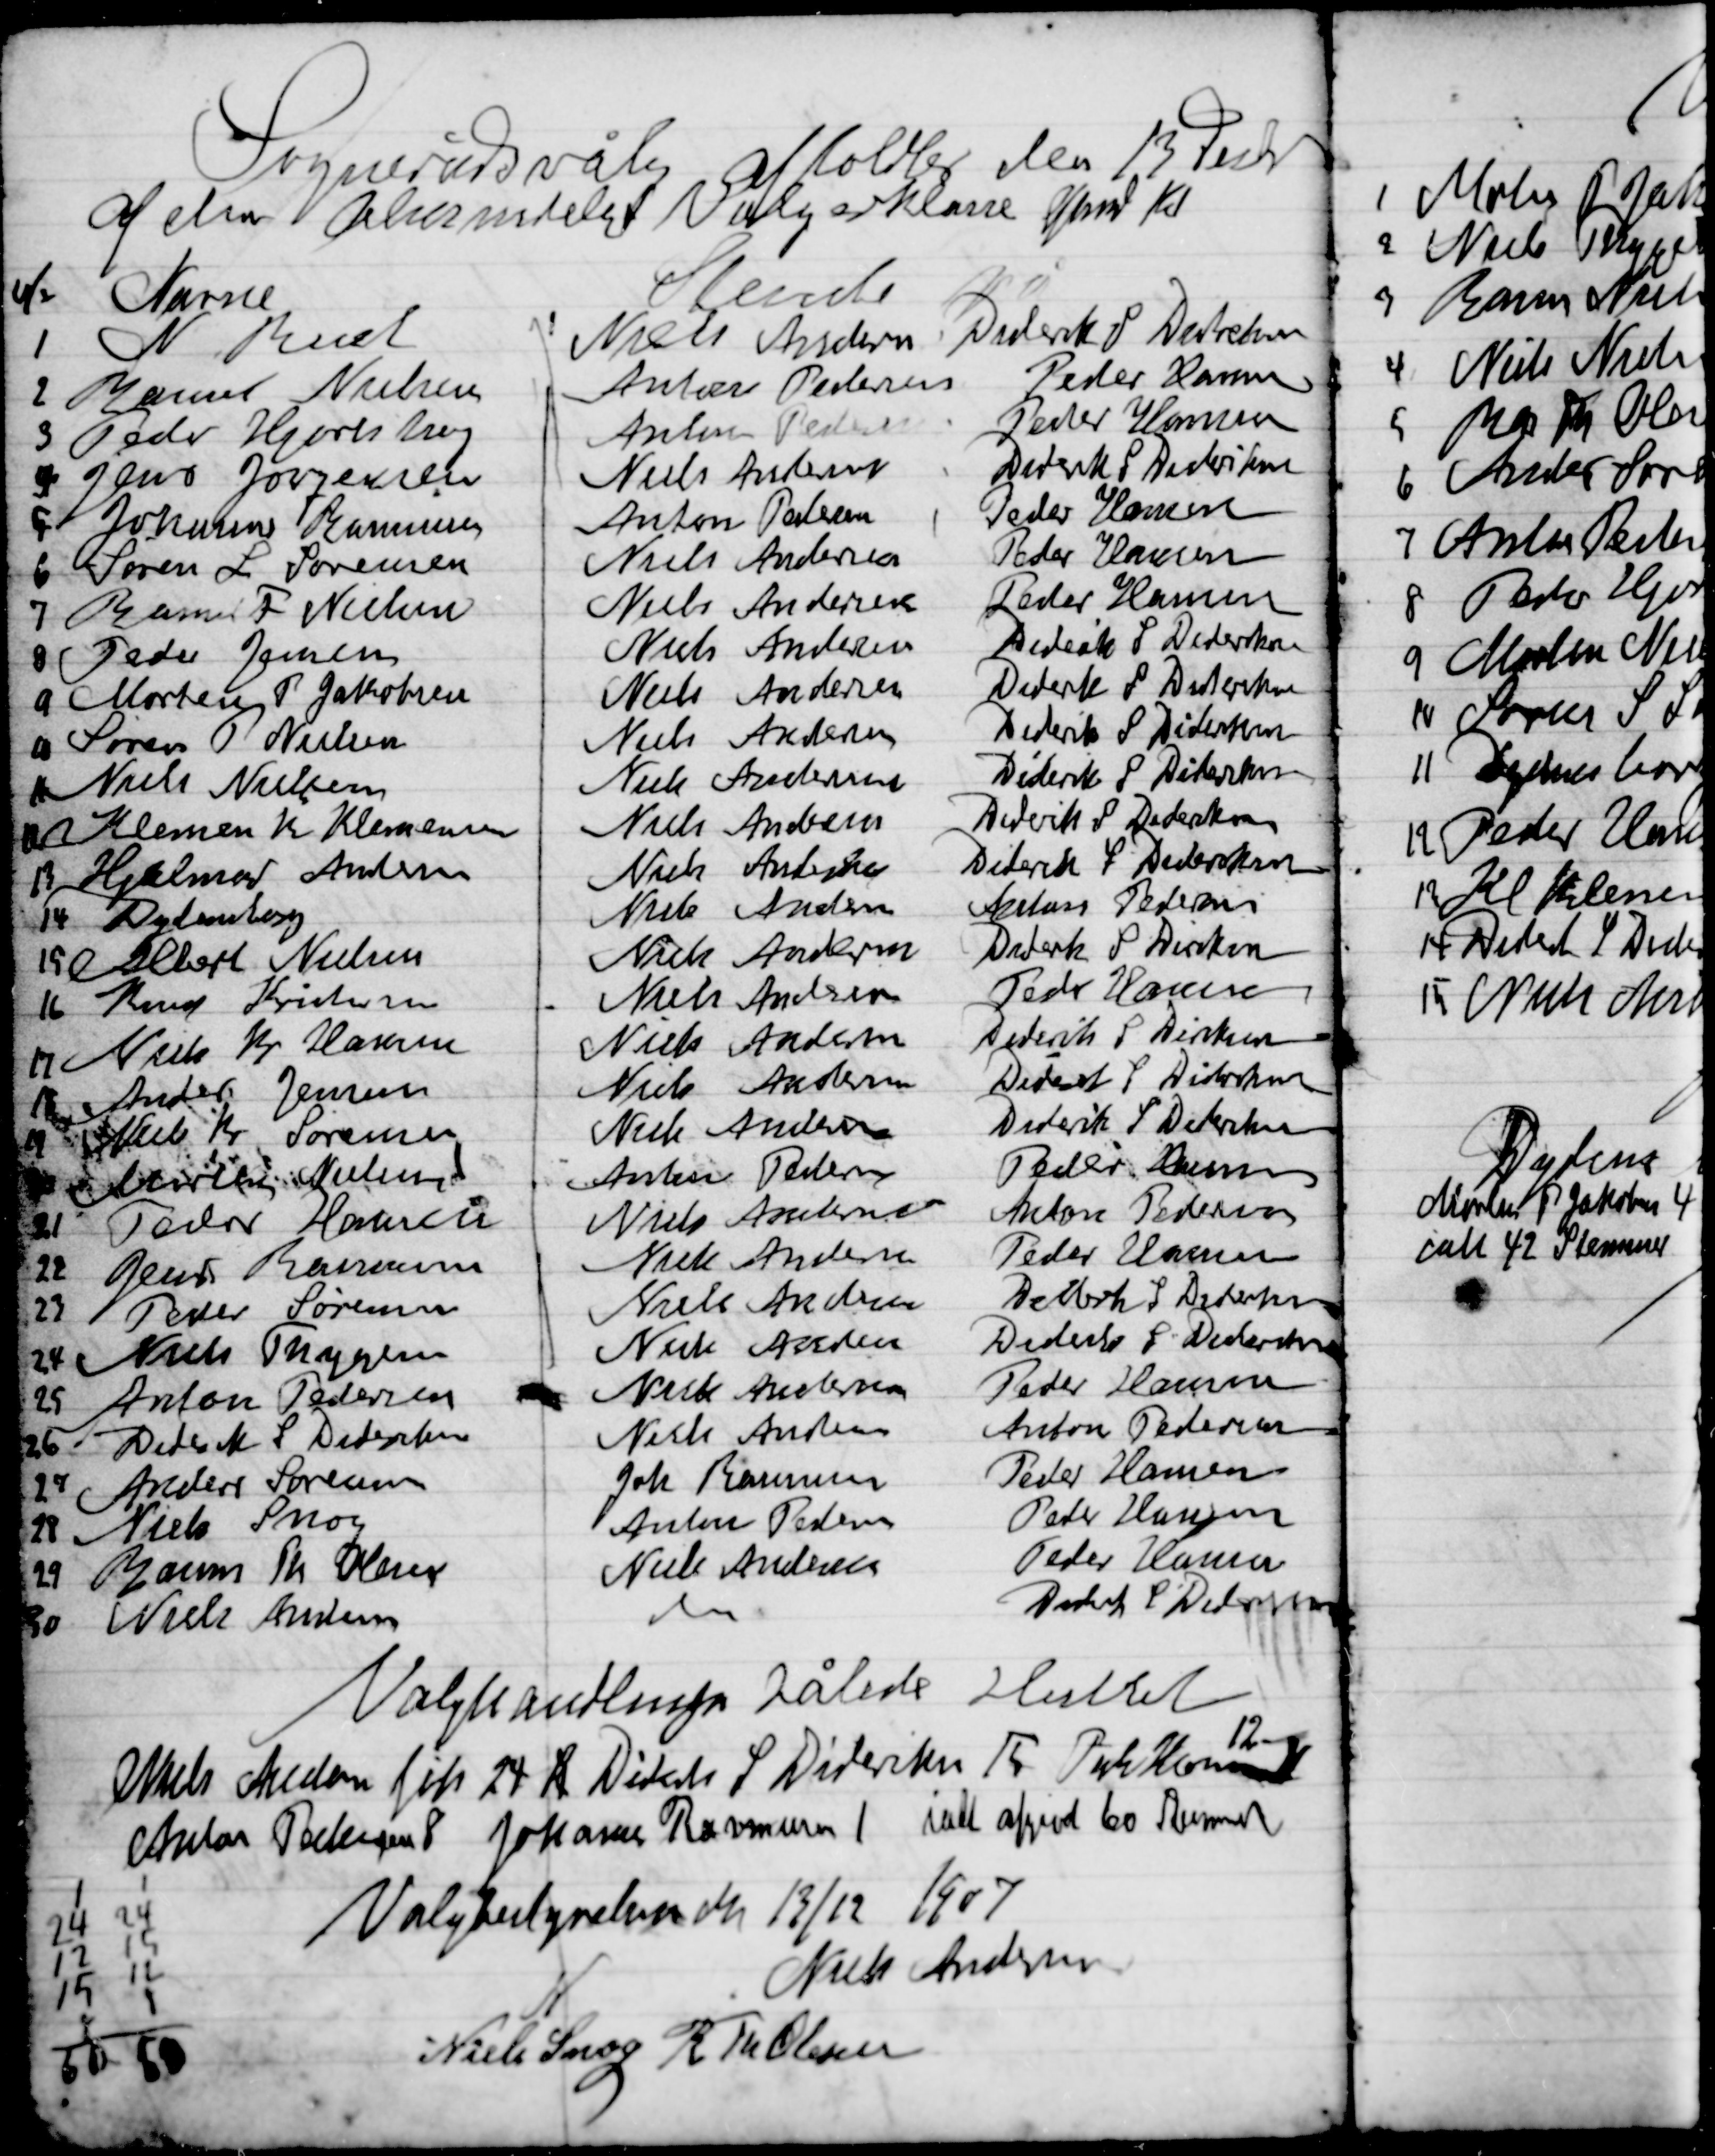
Transskription:
Sognerådsvalg afholdtes den 13 Decbr.
af den almindelige Vælgerklasse

Valghandlingen således sluttet
Niels Andersen fik 24 st Diderik S. Dideriksen 15 Peder Hansen
12
Anton Pedersen 8 Johannes Rasmussen 1 ialt afgivet 60 stemmer
Valgbestyrelsen den 13/12 1907

Niels Andersen
Niels Snog
R. Th. Olesen